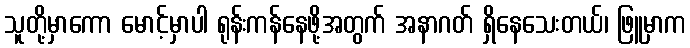
သူတို့မှာကော မောင့်မှာပါ ရုန်းကန်နေဖို့အတွက် အနာဂတ် ရှိနေသေးတယ်၊ ဖြူမှာက